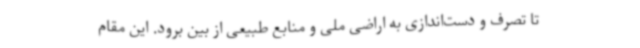
تا تصرف و دست‌اندازی به اراضی ملی و منابع طبیعی از بین برود. این مقام